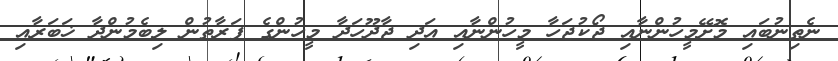
ނެތިނުބައި މޮށޭމީހުންނާއި ޖޯކުޖަހާ މީހުންނާއި އަދި ޖާދޫހަދާ މީހުންގެ ފަރާތުން ލިބެމުންދާ ޚަބަރާއި